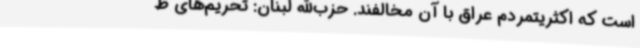
است که اکثریتمردم عراق با آن مخالفند. حزب‌الله لبنان: تحریم‌های ظ